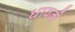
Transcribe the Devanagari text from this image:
धावजी